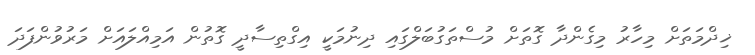
ޚިދްމަތަށް މިހާރު މިގެންދާ ގޮތަށް މުސްތަގުބަލްގައި ދިނުމަކީ އިގްތިސާދީ ގޮތުން އަމިއްލައަށް މަރުވުންފަދަ